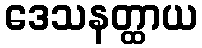
ဒေသနတ္ထာယ